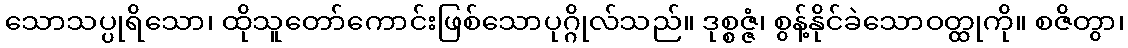
သောသပ္ပုရိသော၊ ထိုသူတော်ကောင်းဖြစ်သောပုဂ္ဂိုလ်သည်။ ဒုစ္စဇ္ဇံ၊ စွန့်နိုင်ခဲသောဝတ္ထုကို။ စဇိတွာ၊